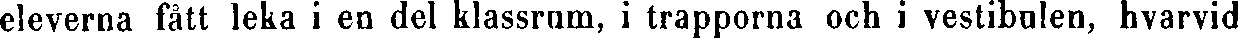
eleverna fått leka i en del klassrum, i trapporna och i vestibulen, hvarvid